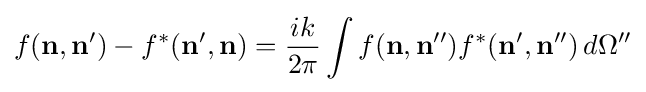
f(\mathbf {n} ,\mathbf {n} ')-f^{*}(\mathbf {n} ',\mathbf {n} )={\frac {ik}{2\pi }}\int f(\mathbf {n} ,\mathbf {n} '')f^{*}(\mathbf {n} ',\mathbf {n} '')\,d\Omega ''